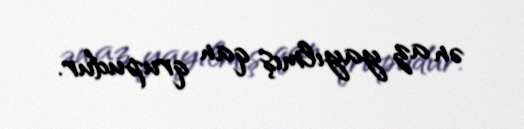
ən az yayılmış qan qrupudur.